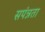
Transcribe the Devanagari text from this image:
सपंन्नता